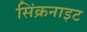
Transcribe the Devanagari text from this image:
सिंक्रनाइट